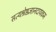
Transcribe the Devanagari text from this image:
सत्यश्रेष्ठज्ञानदायकम